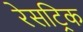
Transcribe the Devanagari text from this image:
रेसट्रिक